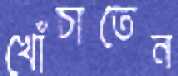
খোঁচাতেন